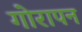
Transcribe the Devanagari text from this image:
गोरापन